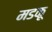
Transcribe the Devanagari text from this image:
मडकू